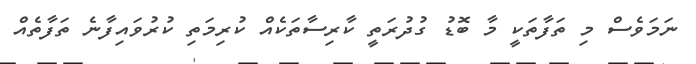
ނަމަވެސް މި ތަފާތަކީ މާ ބޮޑު ގުދުރަތީ ކާރިސާތަކެއް ކުރިމަތި ކުރުވައިފާނެ ތަފާތެއް